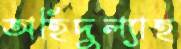
অহিদুল্যাহ